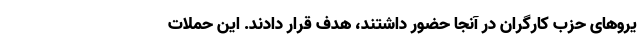
یروهای حزب کارگران در آنجا حضور داشتند، هدف قرار دادند. این حملات